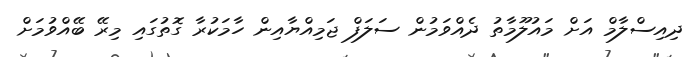
ދިއިސްލާމް އަށް މައުލޫމާތު ދެއްވަމުން ސަލަފް ޖަމިއްޔާއިން ހާމަކުރާ ގޮތުގައި މިރޭ ބޭއްވުމަށް